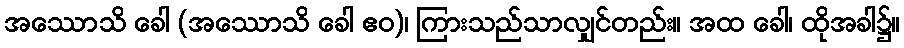
အဿောသိ ခေါ (အဿောသိ ခေါ ဧဝ)၊ ကြားသည်သာလျှင်တည်း။ အထ ခေါ၊ ထိုအခါ၌။